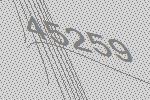
45259